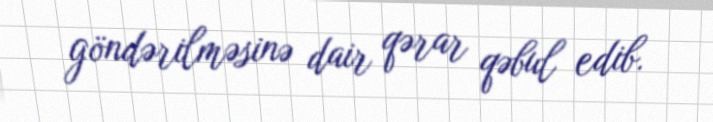
göndərilməsinə dair qərar qəbul edib.